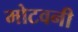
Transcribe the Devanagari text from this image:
मोटवनी